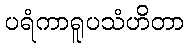
ပရံကာရူပသံဟိတာ